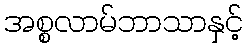
အစ္စလာမ်ဘာသာနှင့်